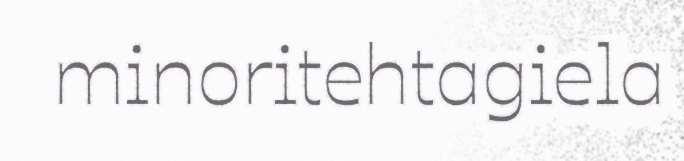
minoritehtagiela